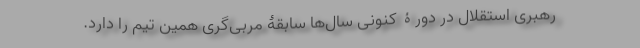
رهبری استقلال در دورۀ کنونی سال‌ها سابقۀ مربی‌گری همین تیم را دارد.